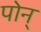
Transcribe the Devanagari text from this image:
पोन्